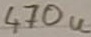
Text: 470u